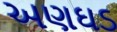
અણઘડ